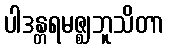
ပါဒန္တရမဇ္ဈဘူသိတာ